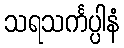
သရသင်္ကပ္ပါနံ